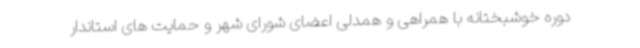
دوره خوشبختانه با همراهی و همدلی اعضای شورای شهر و حمایت های استاندار